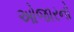
ઓજારનો